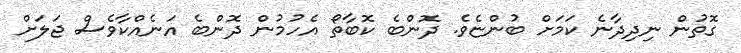
ގޮތުން ނިދިދާނެ ކަމަށް ބުންޏެވެ. ދޮންބެ ކޮބާތޯ އެހުމުން ދޮންބެ އަނެއްކާވެސް ޖަލަށް